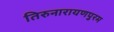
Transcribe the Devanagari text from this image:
तिरुनारायणपुरम